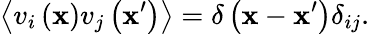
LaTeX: \left\langle v_{i}\left(\mathbf{x}\right)v_{j}\left(\mathbf{x}^{\prime}\right)\right\rangle=\delta\left(\mathbf{x}-\mathbf{x}^{\prime}\right)\delta_{ij}.